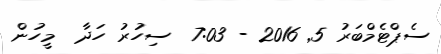
ސެޕްޓެމްބަރު 5